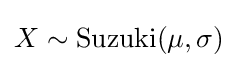
X\sim \operatorname {Suzuki} (\mu ,\sigma )